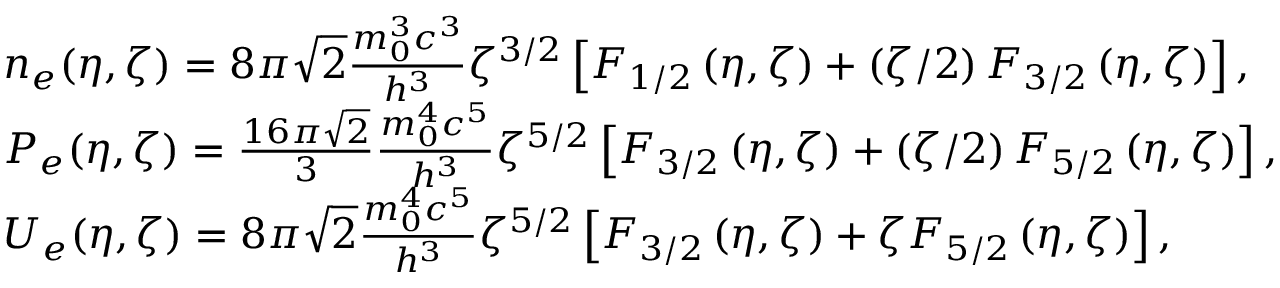
\begin{array} { r l } & { n _ { e } ( \eta , \zeta ) = 8 \pi \sqrt 2 \frac { { m _ { 0 } ^ { 3 } { c ^ { 3 } } } } { { { h ^ { 3 } } } } { \zeta ^ { 3 / 2 } } \left[ { { F _ { 1 / 2 } } \left( { \eta , \zeta } \right) + \left( { \zeta / 2 } \right) { F _ { 3 / 2 } } \left( { \eta , \zeta } \right) } \right] , } \\ & { P _ { e } ( \eta , \zeta ) = \frac { { 1 6 \pi \sqrt 2 } } { 3 } \frac { { m _ { 0 } ^ { 4 } { c ^ { 5 } } } } { { { h ^ { 3 } } } } { \zeta ^ { 5 / 2 } } \left[ { { F _ { 3 / 2 } } \left( { \eta , \zeta } \right) + \left( { \zeta / 2 } \right) { F _ { 5 / 2 } } \left( { \eta , \zeta } \right) } \right] , } \\ & { { U _ { e } } ( \eta , \zeta ) = 8 \pi \sqrt 2 \frac { { m _ { 0 } ^ { 4 } { c ^ { 5 } } } } { { { h ^ { 3 } } } } { \zeta ^ { 5 / 2 } } \left[ { { F _ { 3 / 2 } } \left( { \eta , \zeta } \right) + \zeta { F _ { 5 / 2 } } \left( { \eta , \zeta } \right) } \right] , } \end{array}